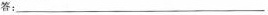
答：___